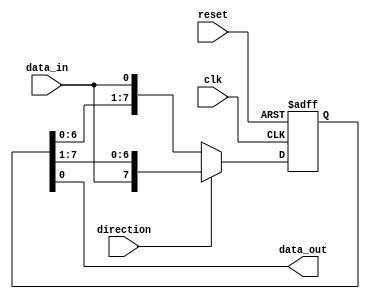
module bidirectional_shift_register (
  input wire clk,
  input wire reset,
  input wire direction,
  input wire data_in,
  output wire data_out
);

reg [7:0] shift_reg;

always @(posedge clk or posedge reset) begin
  if (reset) begin
    shift_reg <= 8'b0;
  end else begin
    if (direction) begin // Shift right
      shift_reg <= {data_in, shift_reg[7:1]};
    end else begin // Shift left
      shift_reg <= {shift_reg[6:0], data_in};
    end
  end
end

assign data_out = shift_reg[0];

endmodule